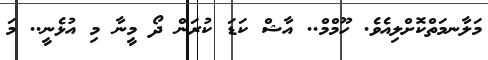
މަލާނމަތްކޮށްލިއެވެ. ހޫމްމް.. އާޝް ކަޑަ ކުރަން ދޯ މީނާ މި އުޅެނީ.. މަ